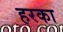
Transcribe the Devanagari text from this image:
हरका